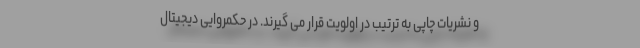
و نشریات چاپی به ترتیب در اولویت قرار می گیرند. در حکمروایی دیجیتال